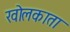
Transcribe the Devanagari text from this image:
खोलकाता